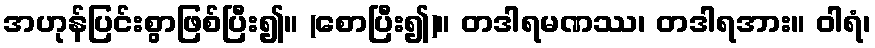
အဟုန်ပြင်းစွာဖြစ်ပြီး၍။ (စောပြီး၍)။ တဒါရမဏဿ၊ တဒါရအား။ ဝါရံ၊